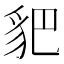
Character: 𧲧